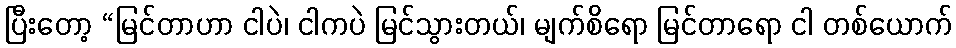
ပြီးတော့ “မြင်တာဟာ ငါပဲ၊ ငါကပဲ မြင်သွားတယ်၊ မျက်စိရော မြင်တာရော ငါ တစ်ယောက်